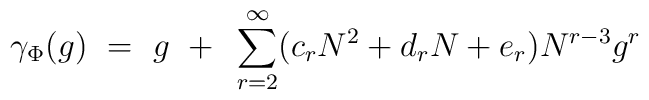
\gamma_\Phi(g) ~=~ g ~+~ \sum_{r=2}^\infty (c_r N^2 + d_r N + e_r)N^{r-3} g^r